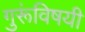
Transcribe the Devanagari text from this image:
गुरूंविषयी